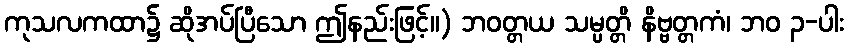
ကုသလကထာ၌ ဆိုအပ်ပြီသော ဤနည်းဖြင့်။) ဘဝတ္တယ သမ္ပတ္တိ နိဗ္ဗတ္တကံ၊ ဘဝ ၃-ပါး